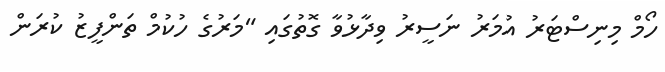
ހޯމް މިނިސްޓަރު އުމަރު ނަސީރު ވިދާޅުވާ ގޮތުގައި "މަރުގެ ހުކުމް ތަންފީޒު ކުރަން